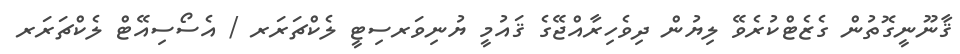
ޤާނޫނީގޮތުން ގެޒެޓްކުރެވޭ ލިޔުން ދިވެހިރާއްޖޭގެ ޤައުމީ ޔުނިވަރސިޓީ ލެކްޗަރަރ / އެސޯސިއޭޓް ލެކްޗަރަރ